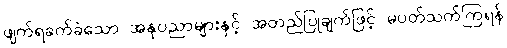
ဖျက်ရခက်ခဲသော အနုပညာများနှင့် အတည်ပြုချက်ဖြင့် မပတ်သက်ကြရန်